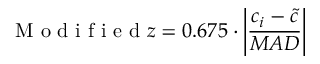
\mathrm { ~ M ~ o ~ d ~ i ~ f ~ i ~ e ~ d ~ } z = 0 . 6 7 5 \cdot \left| \frac { c _ { i } - \tilde { c } } { M A D } \right|